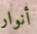
أنوار